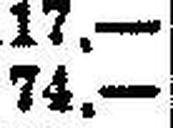
74.—